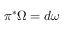
\pi ^ { * } \Omega = d \omega